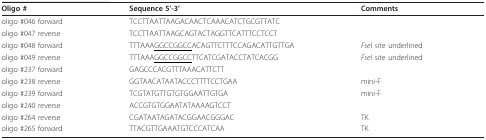
| Oligo # | Sequence 5'-3' | Comments |
 | --- | --- | --- |
 | oligo #046 forward | TCCTTAATTAAGACAACTCAAACATCTGCGTTATC |  |
 | oligo #047 reverse | TCCTTAATTAAGCAGTACTAGGTTCATTTCCTCCT |  |
 | oligo #048 forward | TTTAAA<underline>GGCCGGCC</underline>ACAGTTCTTTCCAGACATTGTTGA | FseI site underlined |
 | oligo #049 reverse | TTTAAA<underline>GGCCGGCC</underline>TTCATCGATACCTATCACGG | FseI site underlined |
 | oligo #237 forward | GAGCCCACGTTTAAACATTCTT |  |
 | oligo #238 reverse | GGTAACATAATACCCTTTTCCTGAA | mini-F |
 | oligo #239 forward | TCGTATGTTGTGTGGAATTGTGA | mini-F |
 | oligo #240 reverse | ACCGTGTGGAATATAAAAGTCCT |  |
 | oligo #264 reverse | CGATAATAGATACGGAACGGGAC | TK |
 | oligo #265 forward | TTACGTTGAAATGTCCCATCAA | TK |